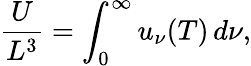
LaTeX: {\frac{U}{L^{3}}}=\int_{0}^{\infty}u_{\nu}(T)\, d\nu,